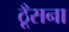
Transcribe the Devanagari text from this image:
ठूँसना